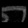
Digit: ၈